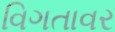
વિગતાવર